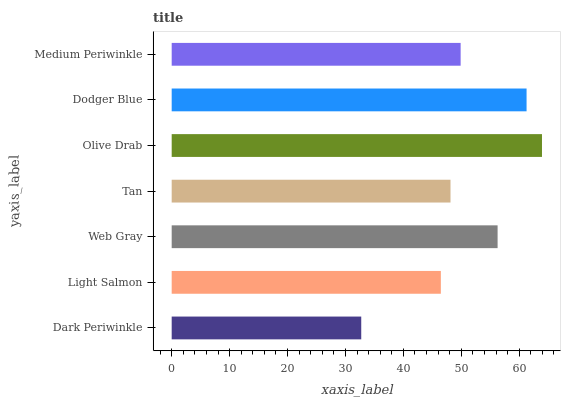
| yaxis_label | bars |
 | --- | --- |
 | Dark Periwinkle | 32.7 |
 | Light Salmon | 46.5 |
 | Web Gray | 56.3 |
 | Tan | 48.1 |
 | Olive Drab | 63.9 |
 | Dodger Blue | 61.3 |
 | Medium Periwinkle | 49.9 |